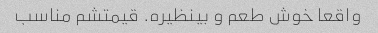
واقعا خوش طعم و بینظیره. قیمتشم مناسب